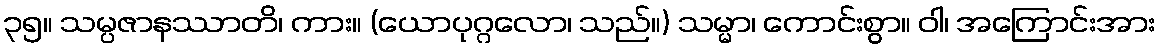
၃၅။ သမ္ပဇာနဿာတိ၊ ကား။ (ယောပုဂ္ဂလော၊ သည်။) သမ္မာ၊ ကောင်းစွာ။ ဝါ၊ အကြောင်းအား